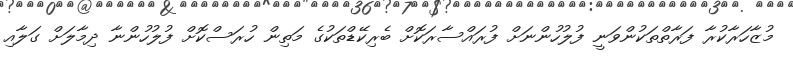
މުޒާހަރާކުރާ ފަރާތްތަކުންވަނީ ފުލުހުންނަށް ފުރައްސާރަކޮށް ބެރިކޭޑްތަކުގެ މަތިން ހުރަސްކޮށް ފުލުހުންނާ ދިމާލަށް ގަލާއި